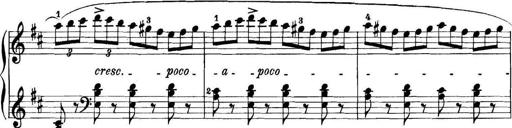
Title: 11 Sonatinas
Composer: Anton Diabelli